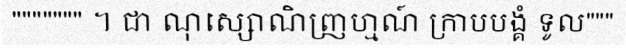
""""""" ។ ជា ណុស្សោណិញ្រហ្មណ៍ ក្រាបបង្គំ ទូល"""